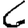
Digit: 6